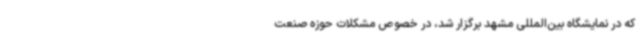
که در نمایشگاه بین‌المللی مشهد برگزار شد، در خصوص مشکلات حوزه صنعت